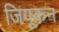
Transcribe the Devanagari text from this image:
जियूकन